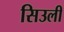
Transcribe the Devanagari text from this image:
सिउली